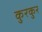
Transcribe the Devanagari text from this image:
कुरकुर